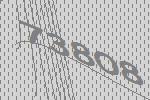
73808